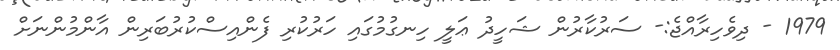
1979 - ދިވެހިރާއްޖެ:- ސަރުކާރުން ޝަހީދު ޢަލީ ހިނގުމުގައި ހަރުކުރި ފެންއިސްކުރުބަރިން އާންމުންނަށް